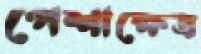
পেশাক্ষেত্র